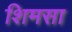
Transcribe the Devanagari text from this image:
शिमसा